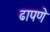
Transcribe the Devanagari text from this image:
ढापणे